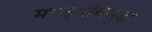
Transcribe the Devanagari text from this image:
मराठ्यांचेसुद्धा